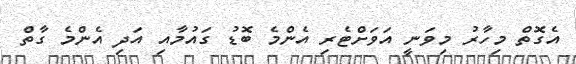
އެގޮތް މިހާރު މިވަނީ އަވަށްޓެރި އެންމެ ބޮޑު ގައުމާއި އަދި އެންމެ ގާތް